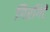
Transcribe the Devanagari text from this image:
गिरगिटें